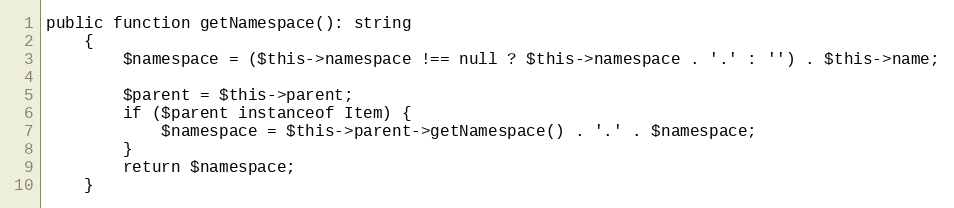
Language: PHP
public function getNamespace(): string
	{
		$namespace = ($this->namespace !== null ? $this->namespace . '.' : '') . $this->name;

		$parent = $this->parent;
		if ($parent instanceof Item) {
			$namespace = $this->parent->getNamespace() . '.' . $namespace;
		}
		return $namespace;
	}